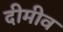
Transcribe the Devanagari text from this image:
दीमीव